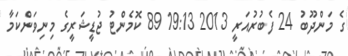
ގެ މަންދޫބު 24 ފެބުރުއަރީ 2013 19:13 89 ކޮމެންޓު ޖުޑީޝަރީގެ މިނިވަންކަމާ